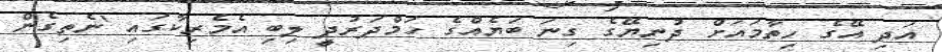
އަދި އޭގެ ހިތާމައަށް ދުނިޔޭގެ ގިނަ ބަޔެއްގެ ހަމްދަރުދީ ލިބި އެމެރިކާގައި 'ނެތިގެން